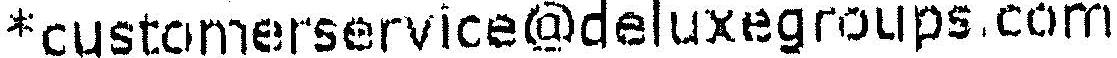
*CUSTOMERSERVICE@DELUXEGROUPS.COM